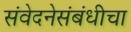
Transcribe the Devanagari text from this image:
संवेदनेसंबंधीचा